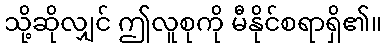
သို့ဆိုလျှင် ဤလူစုကို မီနိုင်စရာရှိ၏။